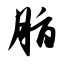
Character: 脂